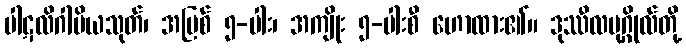
ပါဋလိဂါမိယသုတ်၊ အပြစ် ၅-ပါး၊ အကျိုး ၅-ပါးစီ ဟောထား၏။ ဒုဿီလပုဂ္ဂိုလ်တို့